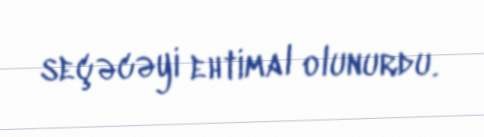
seçəcəyi ehtimal olunurdu.